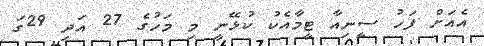
އެއަށް ފަހު ސީނިއާ ޓީމާއެކު ކުޅޭނީ މި މަހުގެ 27 އަދި 29ގަ